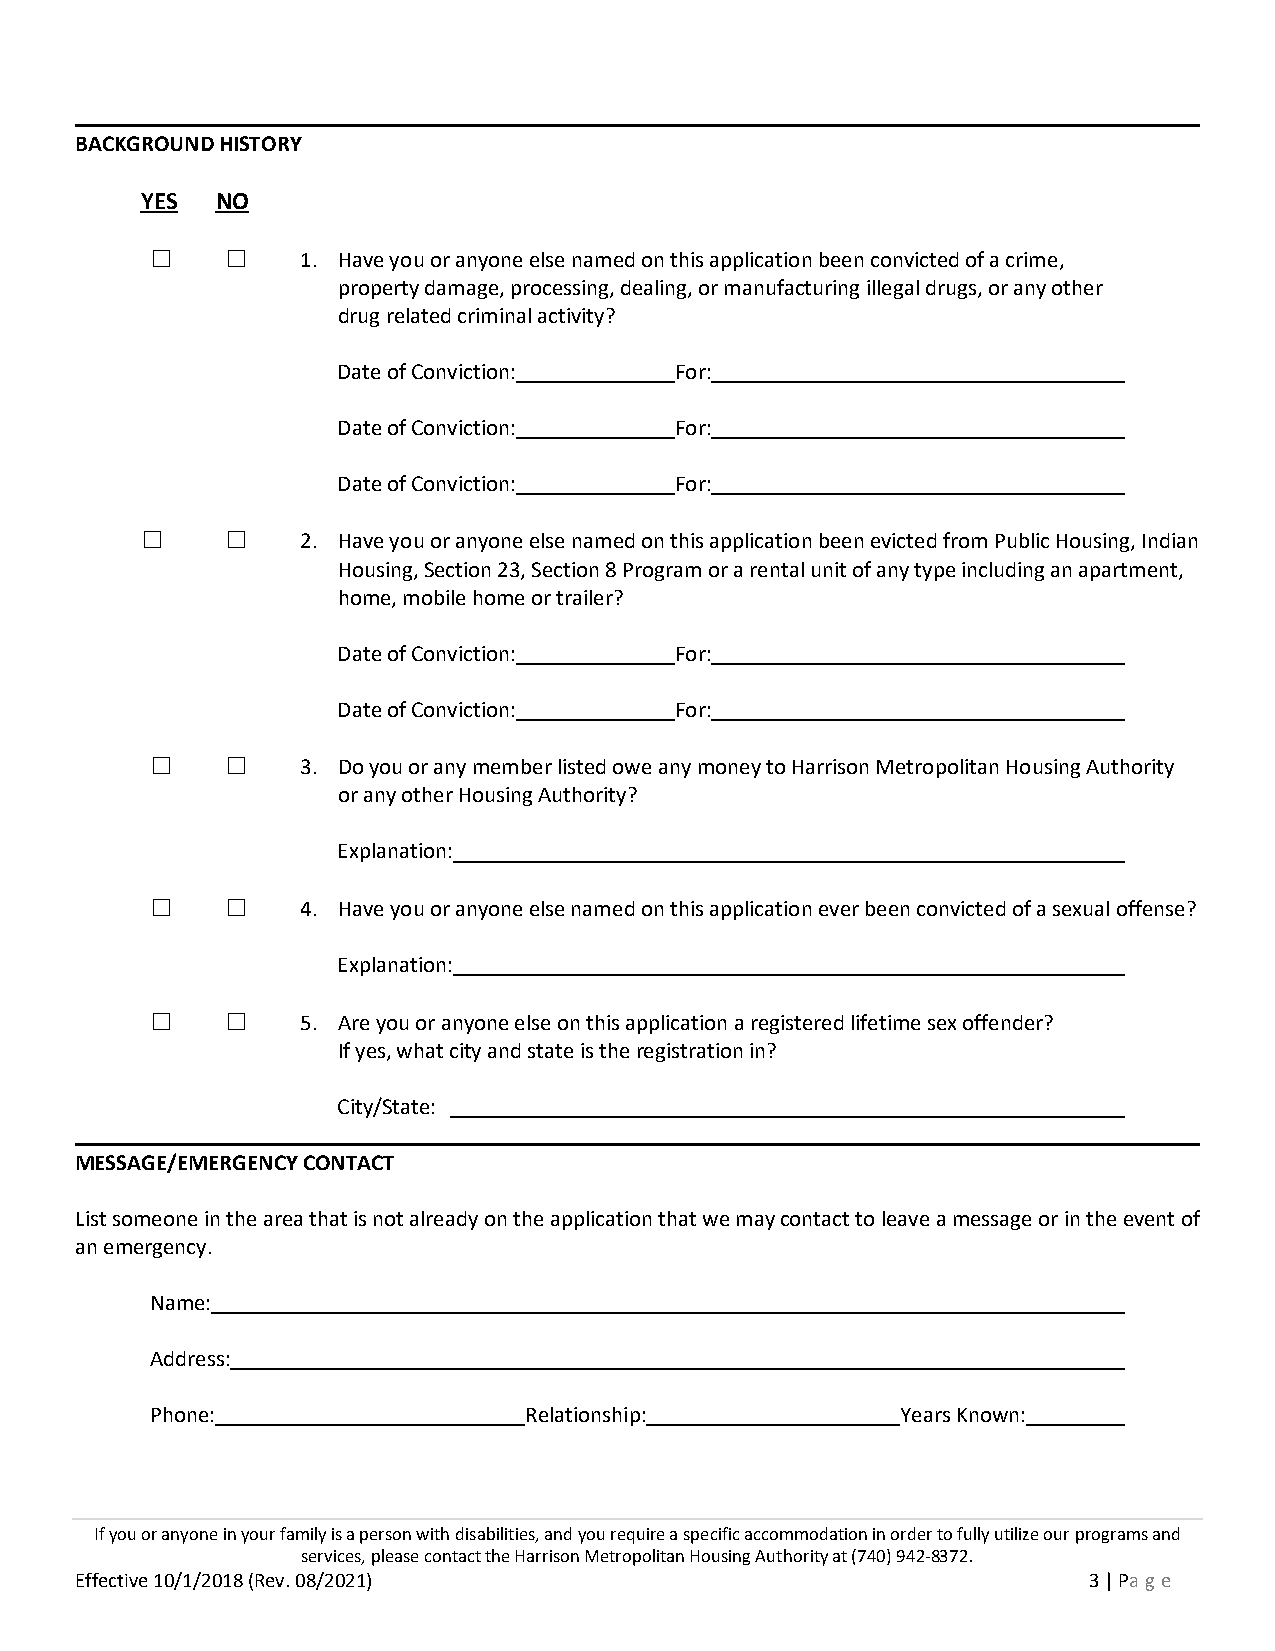
BACKGROUND HISTORY
 YES  NO
 ☐    ☐    1. Have you or anyone else named on this application been convicted of a crime,
 property damage, processing, dealing, or manufacturing illegal drugs, or any other
 drug related criminal activity?
 Date of Conviction:    For:
 Date of Conviction:    For:
 Date of Conviction:    For:
 ☐     ☐    2. Have you or anyone else named on this application been evicted from Public Housing, Indian
 Housing, Section 23, Section 8 Program or a rental unit of any type including an apartment,
 home, mobile home or trailer?
 Date of Conviction:    For:
 Date of Conviction:    For:
 ☐    ☐    3. Do you or any member listed owe any money to Harrison Metropolitan Housing Authority
 or any other Housing Authority?
 Explanation:
 ☐    ☐    4. Have you or anyone else named on this application ever been convicted of a sexual offense?
 Explanation:
 ☐    ☐    5. Are you or anyone else on this application a registered lifetime sex offender?
 If yes, what city and state is the registration in?
 City/State:
 MESSAGE/EMERGENCY CONTACT
 List someone in the area that is not already on the application that we may contact to leave a message or in the event of
 an emergency.
 Name:
 Address:
 Phone:                   Relationship:            Years Known:
 If you or anyone in your family is a person with disabilities, and you require a specific accommodation in order to fully utilize our programs and
 services, please contact the Harrison Metropolitan Housing Authority at (740) 942-8372.
 Effective 10/1/2018 (Rev. 08/2021)                                 3 | Pa ge